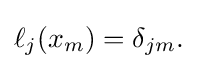
{\textstyle \ell _{j}(x_{m})=\delta _{jm}.}